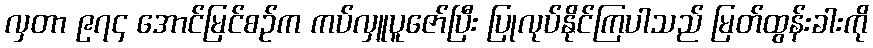
လှတာ ၉၇၄ အောင်မြင်စဉ်က ကပ်လှူပူဇော်ပြီး ပြုလုပ်နိုင်ကြပါသည် မြတ်ထွန်းခါးကို